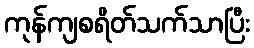
ကုန်ကျစရိတ်သက်သာပြီး